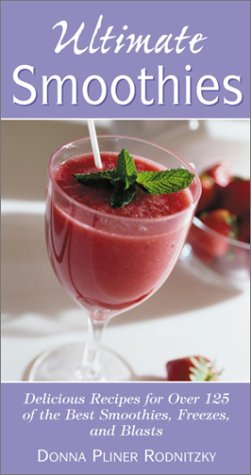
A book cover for Ultimate Smoothies: Delicious Recipes for Over 125 of the Best Smoothies, Freezes, and Blasts; Donna Pliner Rodnitzky; Cookbooks, Food & Wine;